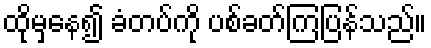
ထိုမှနေ၍ ခံတပ်ကို ပစ်ခတ်ကြပြန်သည်။